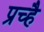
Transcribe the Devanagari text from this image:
प्रच्है